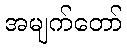
အမျက်တော်